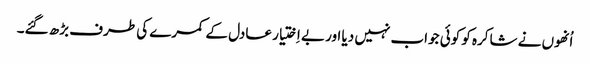
اُنھوں نے شاکرہ کو کوئی جواب نہیں دیا اور بے اِختیار عادل کے کمرے کی طرف بڑھ گئے۔